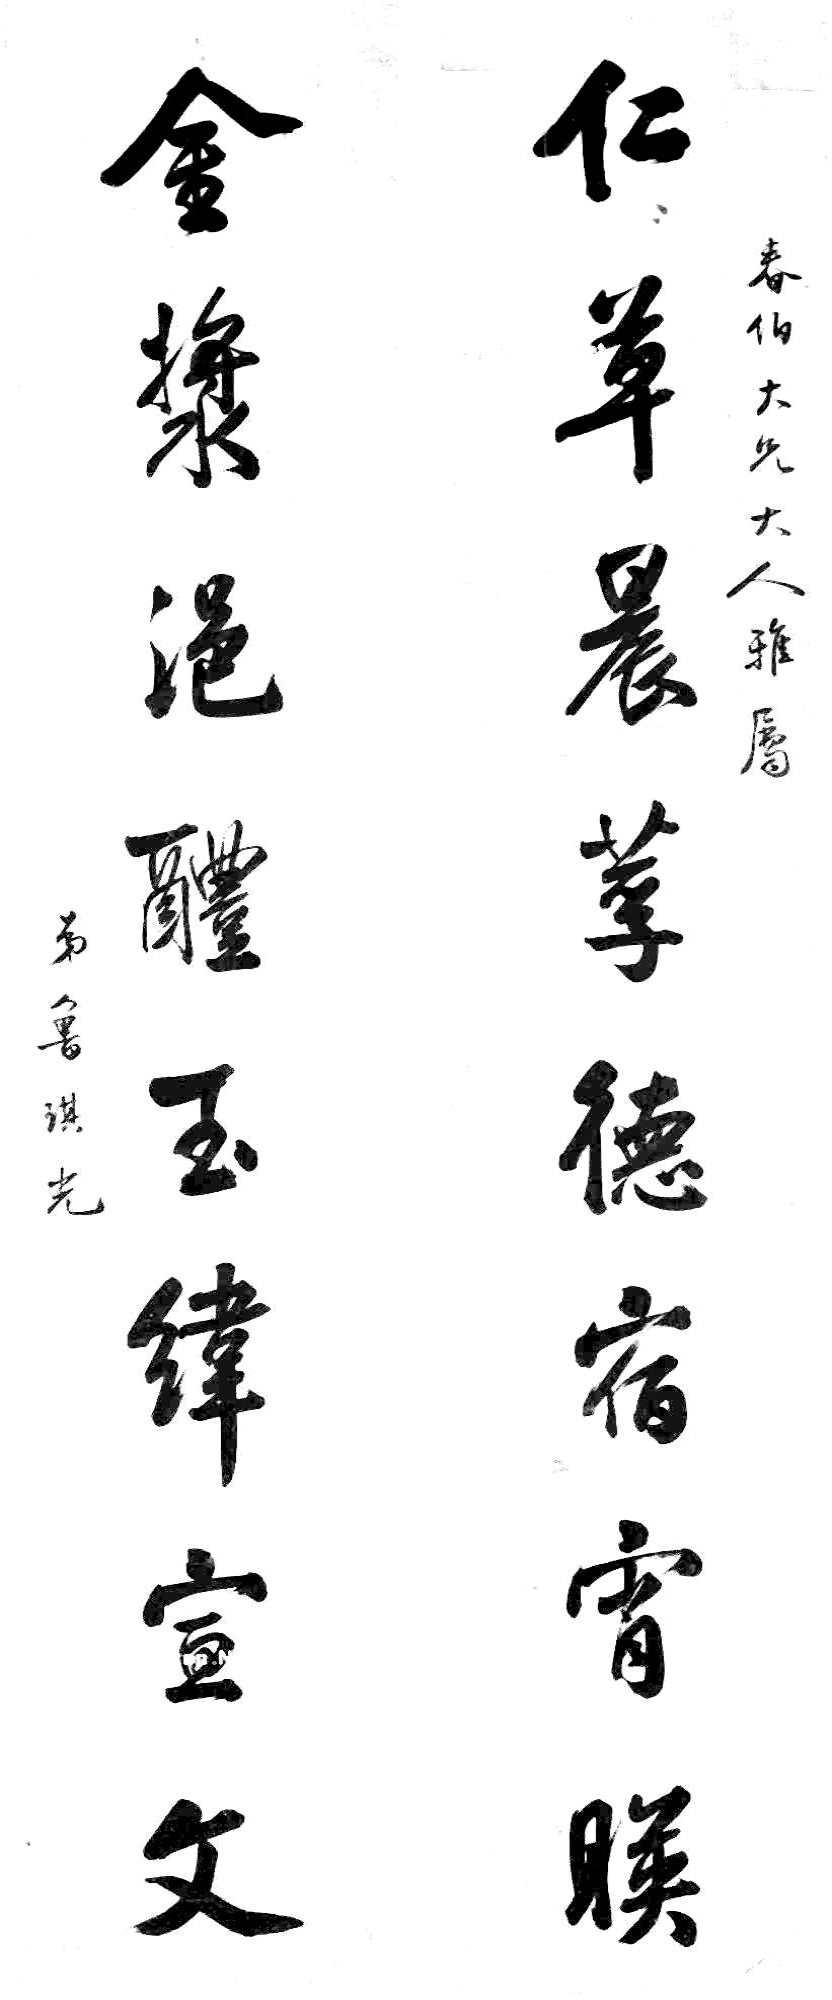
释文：仁草晨莩德宿宵映，金浆浥醴玉纬宣文。春伯大兄大人雅属，弟鲁琪光。